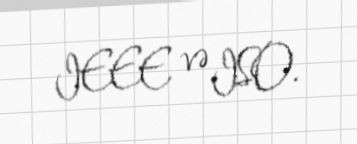
IEEE və ISO.